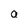
Character: a